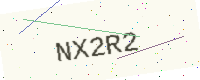
Text: NX2R2